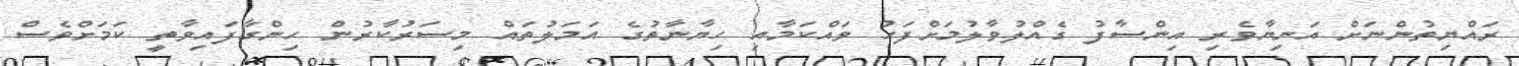
ރައްޔިތުންނަށް އަނިޔާވެރި އިންސާފު ގެއްލުވާލުމަށްފަހު ވައްކަމާއި ހިޔާނާތުގެ އަމަލުތައް މިސަރުކާރުން ހިންގާފައިވާތީ ކަމަށްވެސް